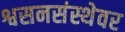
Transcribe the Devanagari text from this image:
श्वसनसंस्थेवर